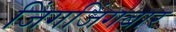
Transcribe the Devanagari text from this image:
जिंगजिंगबार